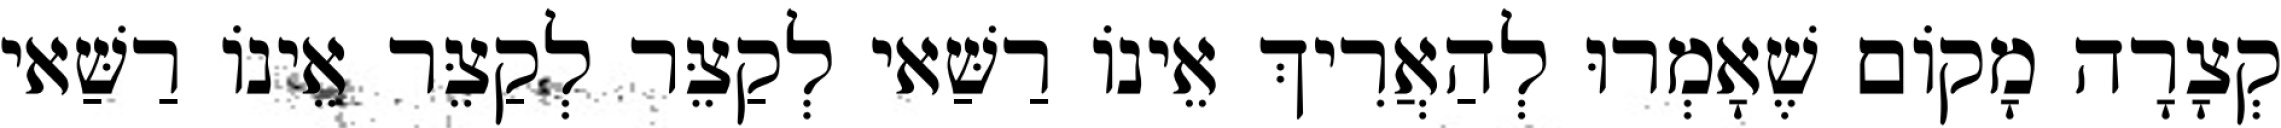
קְצָרָה מָקוֹם שֶׁאָמְרוּ לְהַאֲרִיךְ אֵינוֹ רַשַּׁאי לְקַצֵּר לְקַצֵּר אֵינוֹ רַשַּׁאי